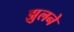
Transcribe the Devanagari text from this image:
झुलने